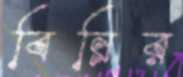
বিন্নির